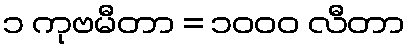
၁ ကုဗမီတာ = ၁၀၀၀ လီတာ